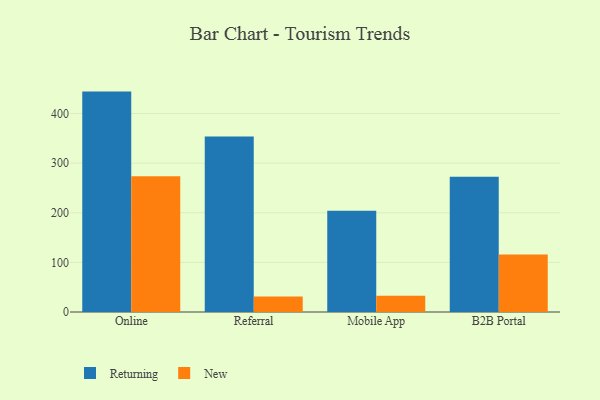
{"axis": {"x": "Channel", "y": "Tickets Resolved"}, "legend": ["New", "Returning"], "data": [{"x": "Online", "y": 444.2, "type": "Returning"}, {"x": "Online", "y": 273.5, "type": "New"}, {"x": "Referral", "y": 353.9, "type": "Returning"}, {"x": "Referral", "y": 31.3, "type": "New"}, {"x": "Mobile App", "y": 203.9, "type": "Returning"}, {"x": "Mobile App", "y": 33.0, "type": "New"}, {"x": "B2B Portal", "y": 272.4, "type": "Returning"}, {"x": "B2B Portal", "y": 116.0, "type": "New"}]}